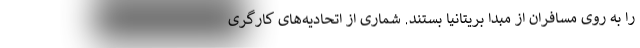
را به روی مسافران از مبدا بریتانیا بستند. شماری از اتحادیه‌های کارگری